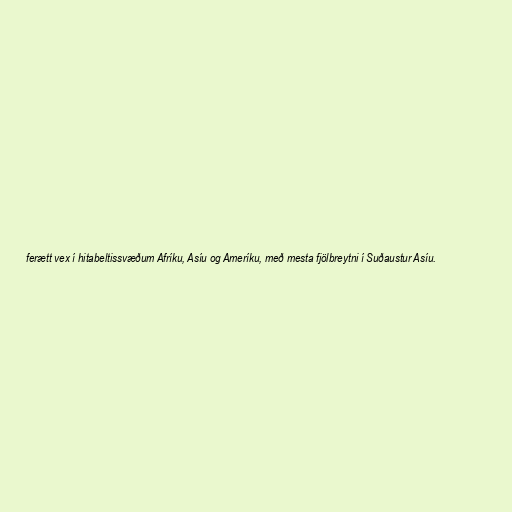
ferætt vex í hitabeltissvæðum Afríku, Asíu og Ameríku, með mesta fjölbreytni í Suðaustur Asíu.